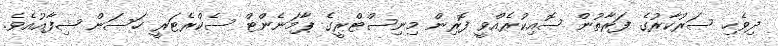
ދިވެހި ސަރުކާރުގެ ފަރާތުން ސޮއިކުރެއްވީ ފޮރިން މިނިސްޓްރީގެ ޕާމަނެންޓް ސެކްރެޓަރީ ހަސަން ޝިފާއުއެވެ.